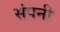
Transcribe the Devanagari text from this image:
संपनी